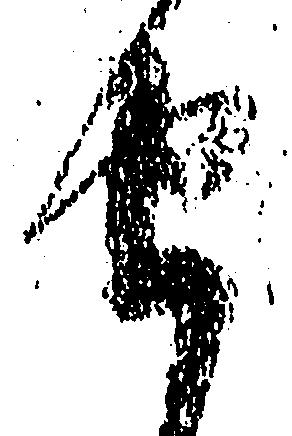
由